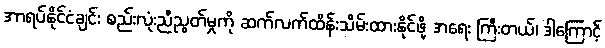
အာရပ်နိုင်ငံချင်း စည်းလုံးညီညွတ်မှုကို ဆက်လက်ထိန်းသိမ်းထားနိုင်ဖို့ အရေး ကြီးတယ်၊ ဒါကြောင့်